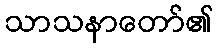
သာသနာတော်၏